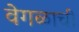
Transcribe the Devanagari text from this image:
वेगळाची